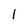
Character: l